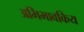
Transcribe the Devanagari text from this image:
अभिभावकिय